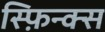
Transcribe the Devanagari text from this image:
स्फ़िन्क्स